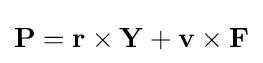
\mathbf {P} =\mathbf {r} \times \mathbf {Y} +\mathbf {v} \times \mathbf {F}